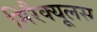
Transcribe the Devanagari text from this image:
मिरैक्यूलस